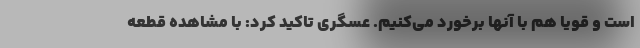
است و قویا هم با آنها برخورد می‌کنیم. عسگری تاکید کرد: با مشاهده قطعه